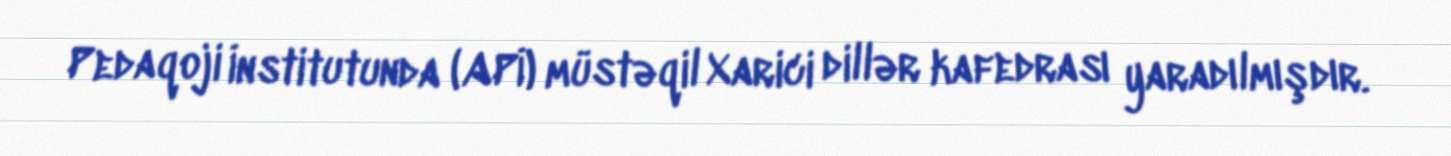
Pedaqoji İnstitutunda (APİ) müstəqil Xarici dillər kafedrası yaradılmışdır.